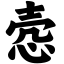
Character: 悫